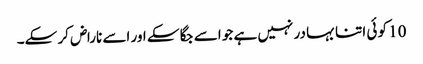
10 کو ئی اتنا بہا در نہیں ہے جو اسے جگا سکے اور اسے ناراض کر سکے۔